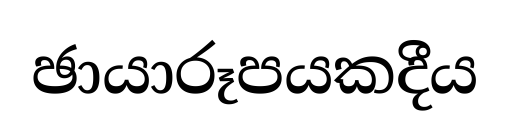
ඡායාරූපයකදීය